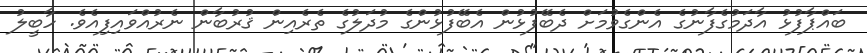
ބައްޕާފުޅު އާދަމުގެފާނުގެ އެންގެވުމަށް ދެބޭފުޅުން އެބޭފުޅުންގެ މުދަލުގެ ތެރެއިން ޤުރުބާން ނެރުއްވައިފިއެވެ. ހާބީލު